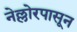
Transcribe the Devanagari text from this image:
नेल्लोरपासून